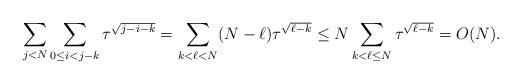
LaTeX: \begin{align*}\sum_{j< N} \sum_{0\le i<j-k} \tau^{\sqrt{j-i-k}} = \sum_{k< \ell< N} (N-\ell )\tau^{\sqrt{\ell-k}} \le N \sum_{k< \ell\le N} \tau^{\sqrt{\ell-k}} = O(N).\end{align*}